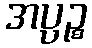
အပ္ပဉ္စ